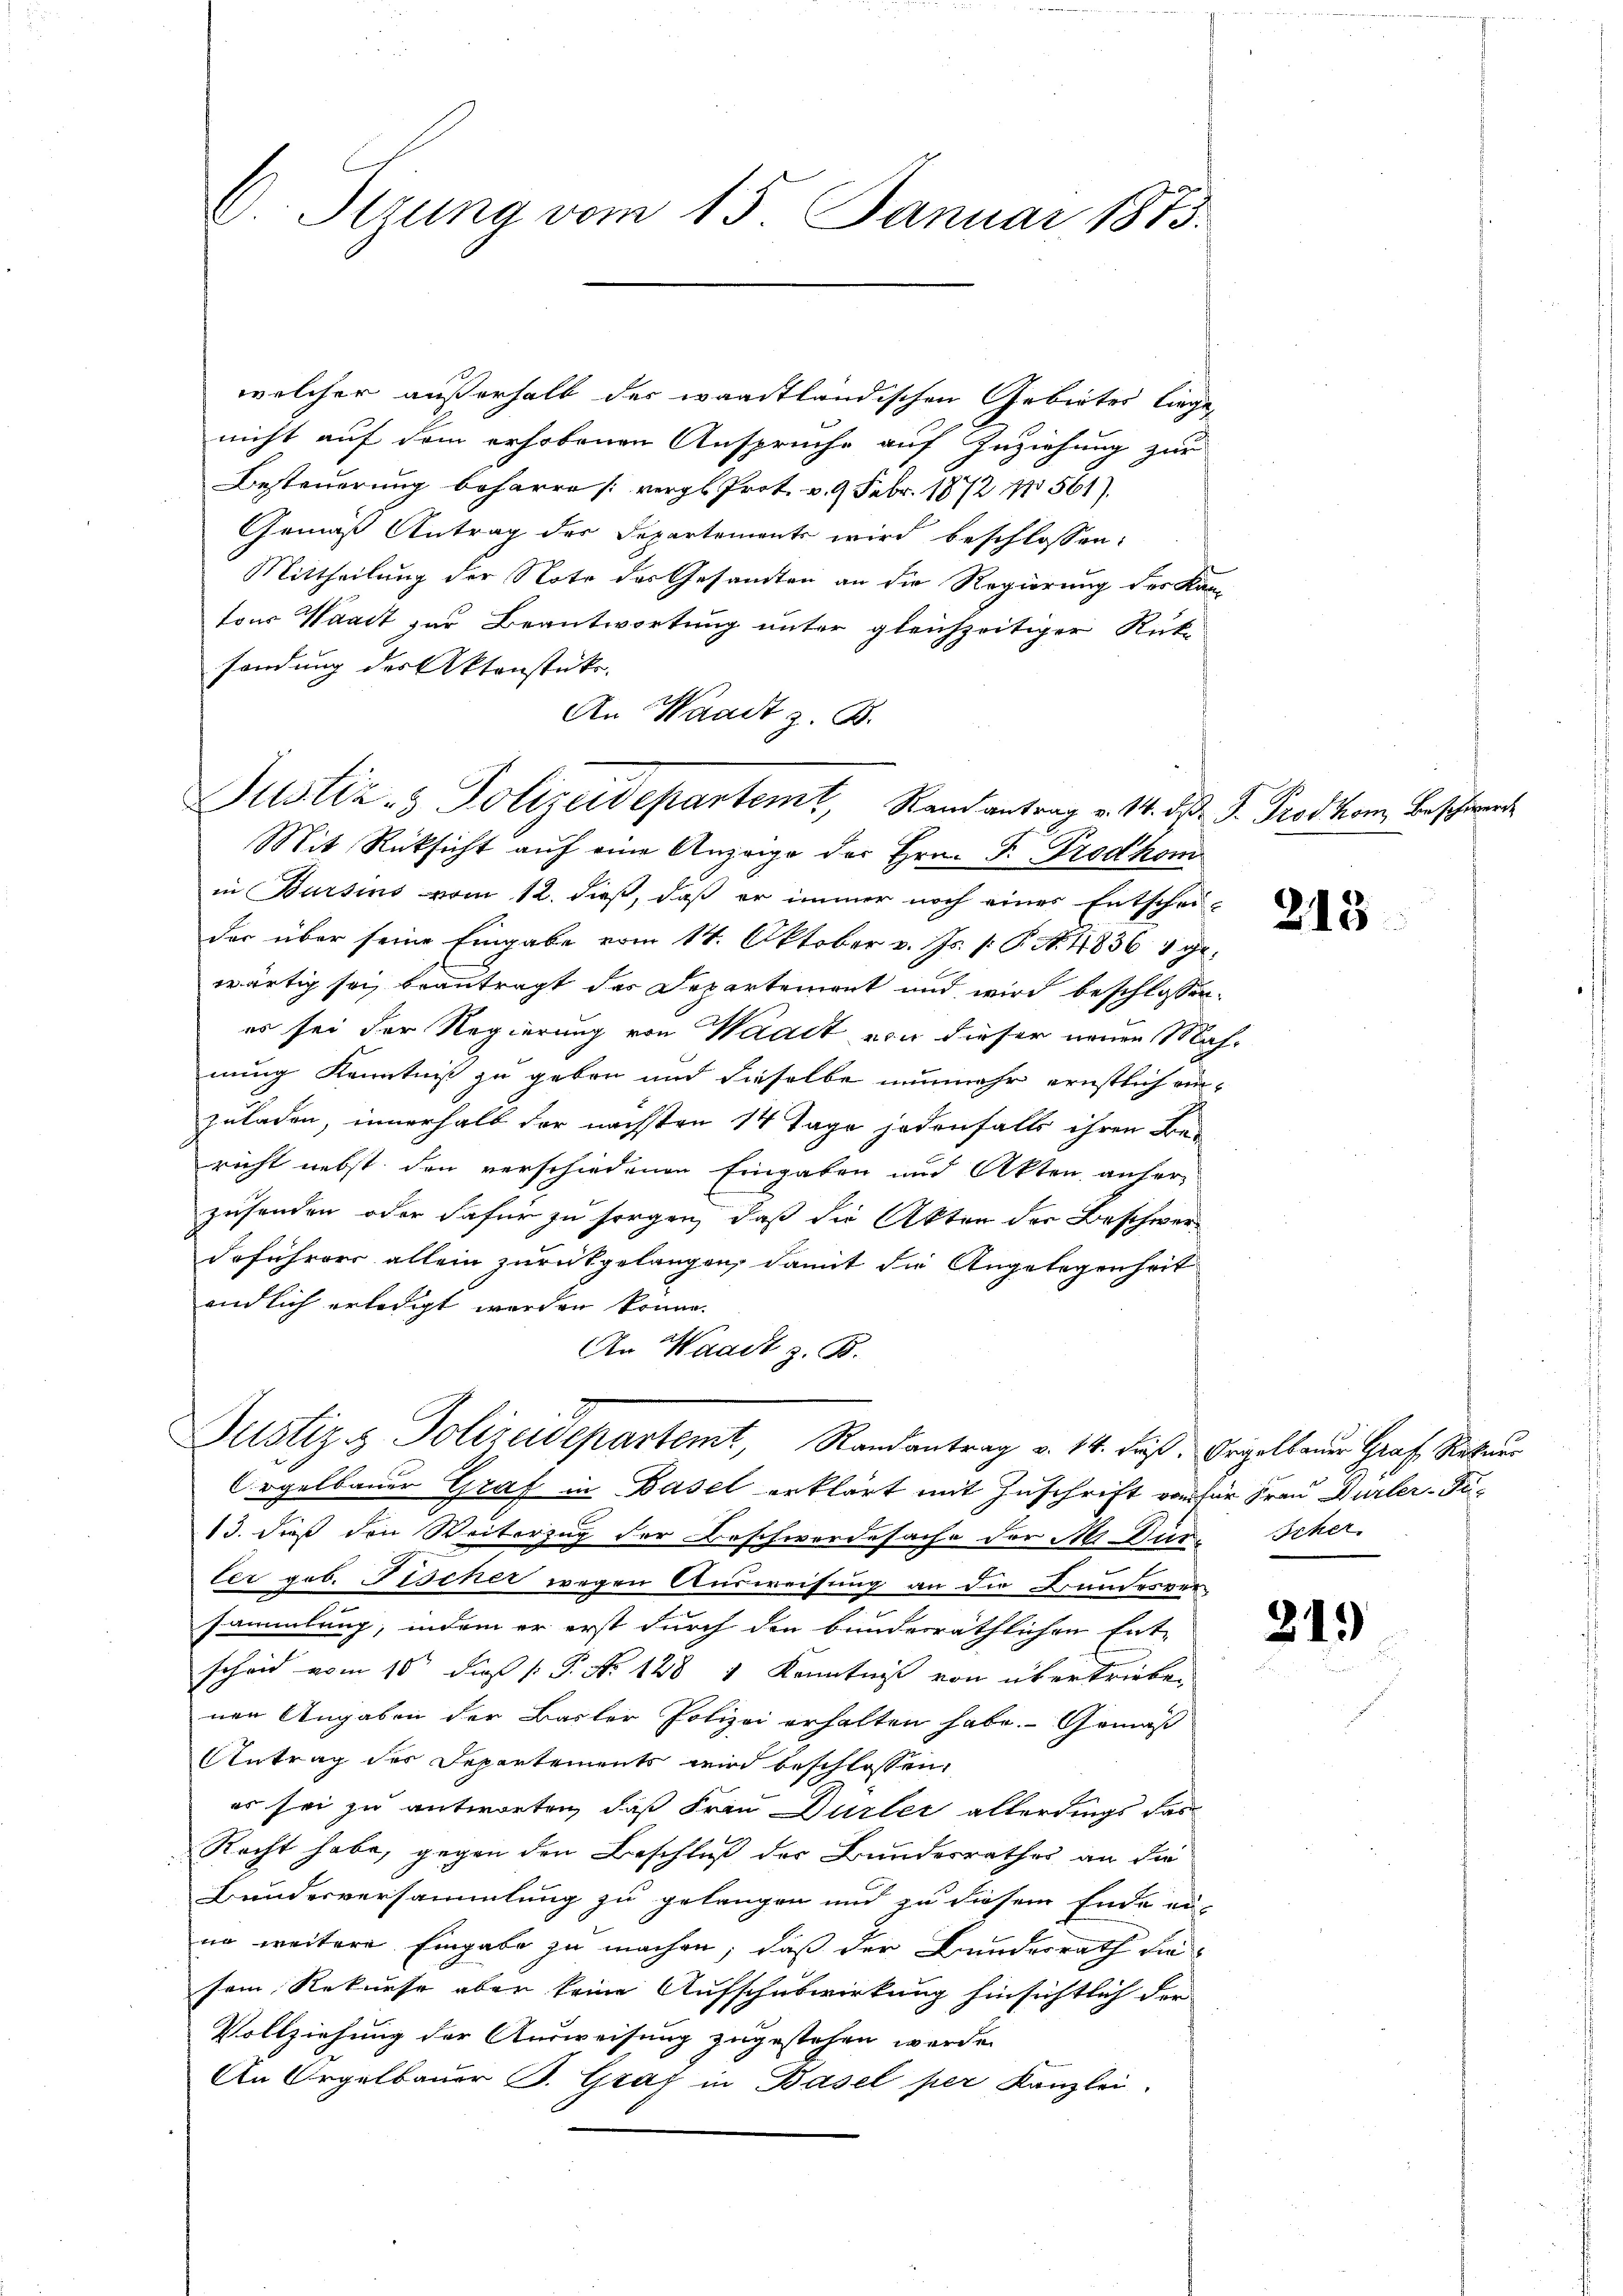
C. Stzung vom 15. Januar 1875.

welcher außerhalb der waadtländischen Gebietes liege,
nicht auf dem erhobenen Ansprüche auf Zuziehung zur
Besteuerung beharre [vergl. Prot. v. 9. Febr. 1872 No 561)
Gemäß Antrag des Departements wird beschlossen:
Mittheilung der Note der Gesamten an die Regierung des Kantons Waadt zur Beantwortung unter gleichzeitiger Rüksendung des Aktenstücke.
An Waadt z. B.
Mit Rücksicht auf eine Anzeige der Hrn. F. Prodkom
in Bursins vom 12. dieß, daß er immer noch eines Entscheider über seine Eingabe vom 14. Oktober v. Js. s: P. N. 4836 4 gewärtig sei, beantragt des Departement und wird beschlossen:
es sei der Regierung von Waadt von dieser neuen Mahnung Kenntniß zu geben und dieselbe nunmehr ernstlich ein-
zuladen, innerhalb der nächsten 14 Tage jedenfalls ihren Be-
richt nebst den verschiedenen Eingaben und Akten anfer
zusenden oder dafür zu sorgen, daß die Akten der Beschwerdeführers allein zurückgelangen, damit die Angelegenheit
endlich erledigt werden könne.
An Waadt z. B.
Justiz & Polizeidepartemt, Randantrag v. 14. Fuß. Orgelbauer Graf Rechnur
Orgelbauer Graf in Basel erklärt mit Zuschrift von für Frau Dürler-Fu¬
13. dieß den Weiterzug der Beschwerdesache der Mür-Scher-
ter geb. Pischer wegen Ausweisung an die Bundesver-
sammlung, indem er erst durch den bunderräthlichen Ent-
scheid vom 10t dieß P. No 128 1 Kenntniß von übertrieben
nen Angaben der Basler Polizei erhalten habe. - Gemäß
Antrag der Departements wird beschlossen,
er sei zu antworten, daß Frau Dürler allerdings das
Recht habe, gegen den Beschluß der Bundesrathes an die
Bundesversammlung zu gelangen und zu diesem Ende eine weitere Eingabe zu machen, daß der Bundesrath die
sein Rekurse aber seine Aufschuswirkung hinsichtlich der
Vollziehung der Ausweisung zugestehen werde.
An Orgelbauer B. Graf in Basel per Kanzlei

Justiz & Polizeidepartemt, Randantrag v. 14. d. J. Prodkom, Beschwerde

213

219